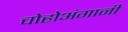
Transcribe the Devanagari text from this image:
चोहोअंगानी